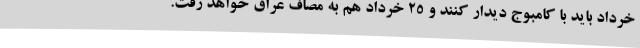
خرداد باید با کامبوج دیدار کنند و ۲۵ خرداد هم به مصاف عراق خواهد رفت.